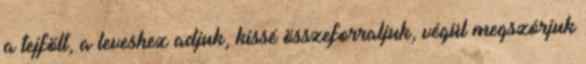
a tejfölt, a leveshez adjuk, kissé összeforraljuk, végül megszórjuk